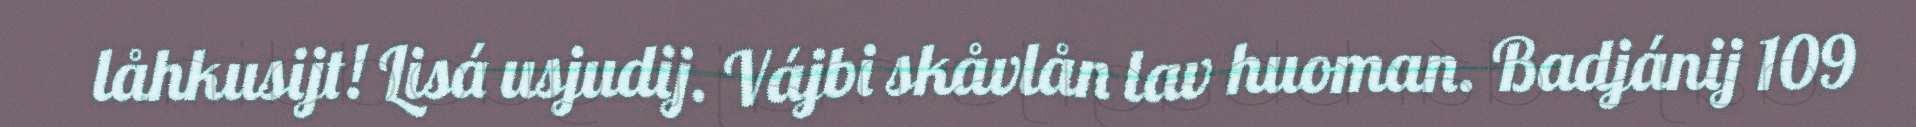
låhkusijt! Lisá usjudij. Vájbi skåvlån lav huoman. Badjánij 109